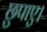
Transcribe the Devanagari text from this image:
छुपाए।